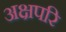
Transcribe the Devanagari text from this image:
अक्षपरि